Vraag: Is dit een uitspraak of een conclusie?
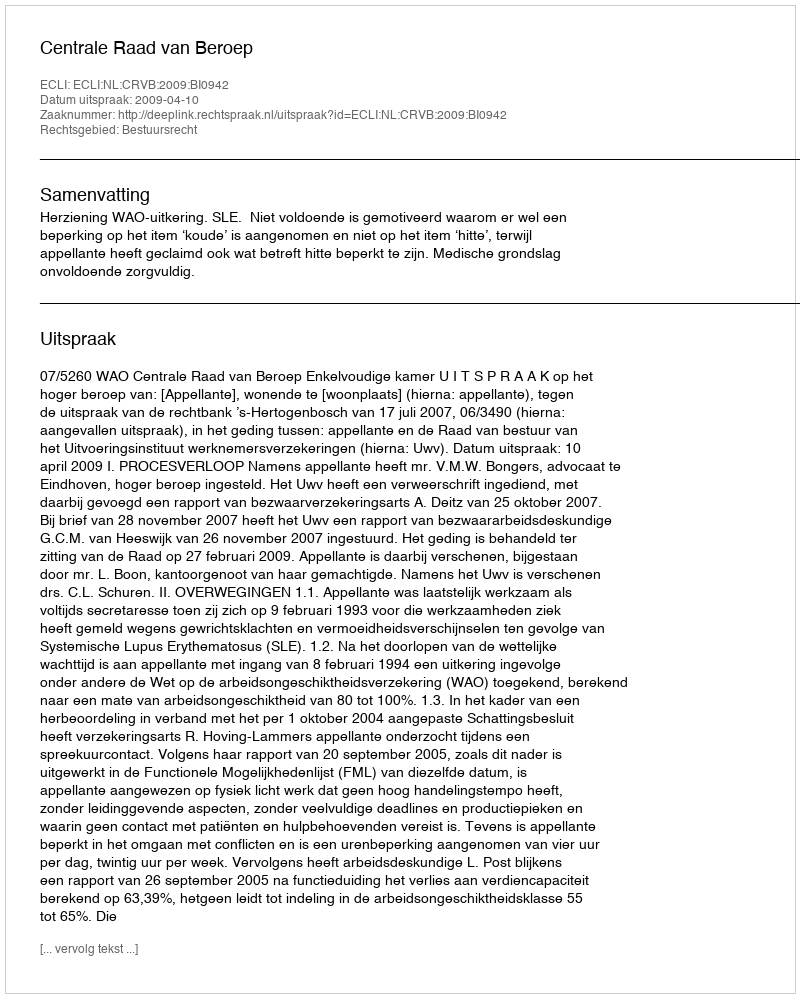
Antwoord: Uitspraak